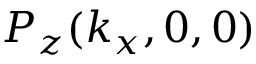
P _ { z } ( k _ { x } , 0 , 0 )